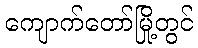
ကျောက်တော်မြို့တွင်